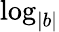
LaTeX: \log_{|b|}